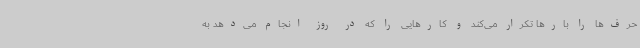
حرف‌ها را بارها تکرار می‌کند و کارهایی را که در روز انجام می‌دهد به